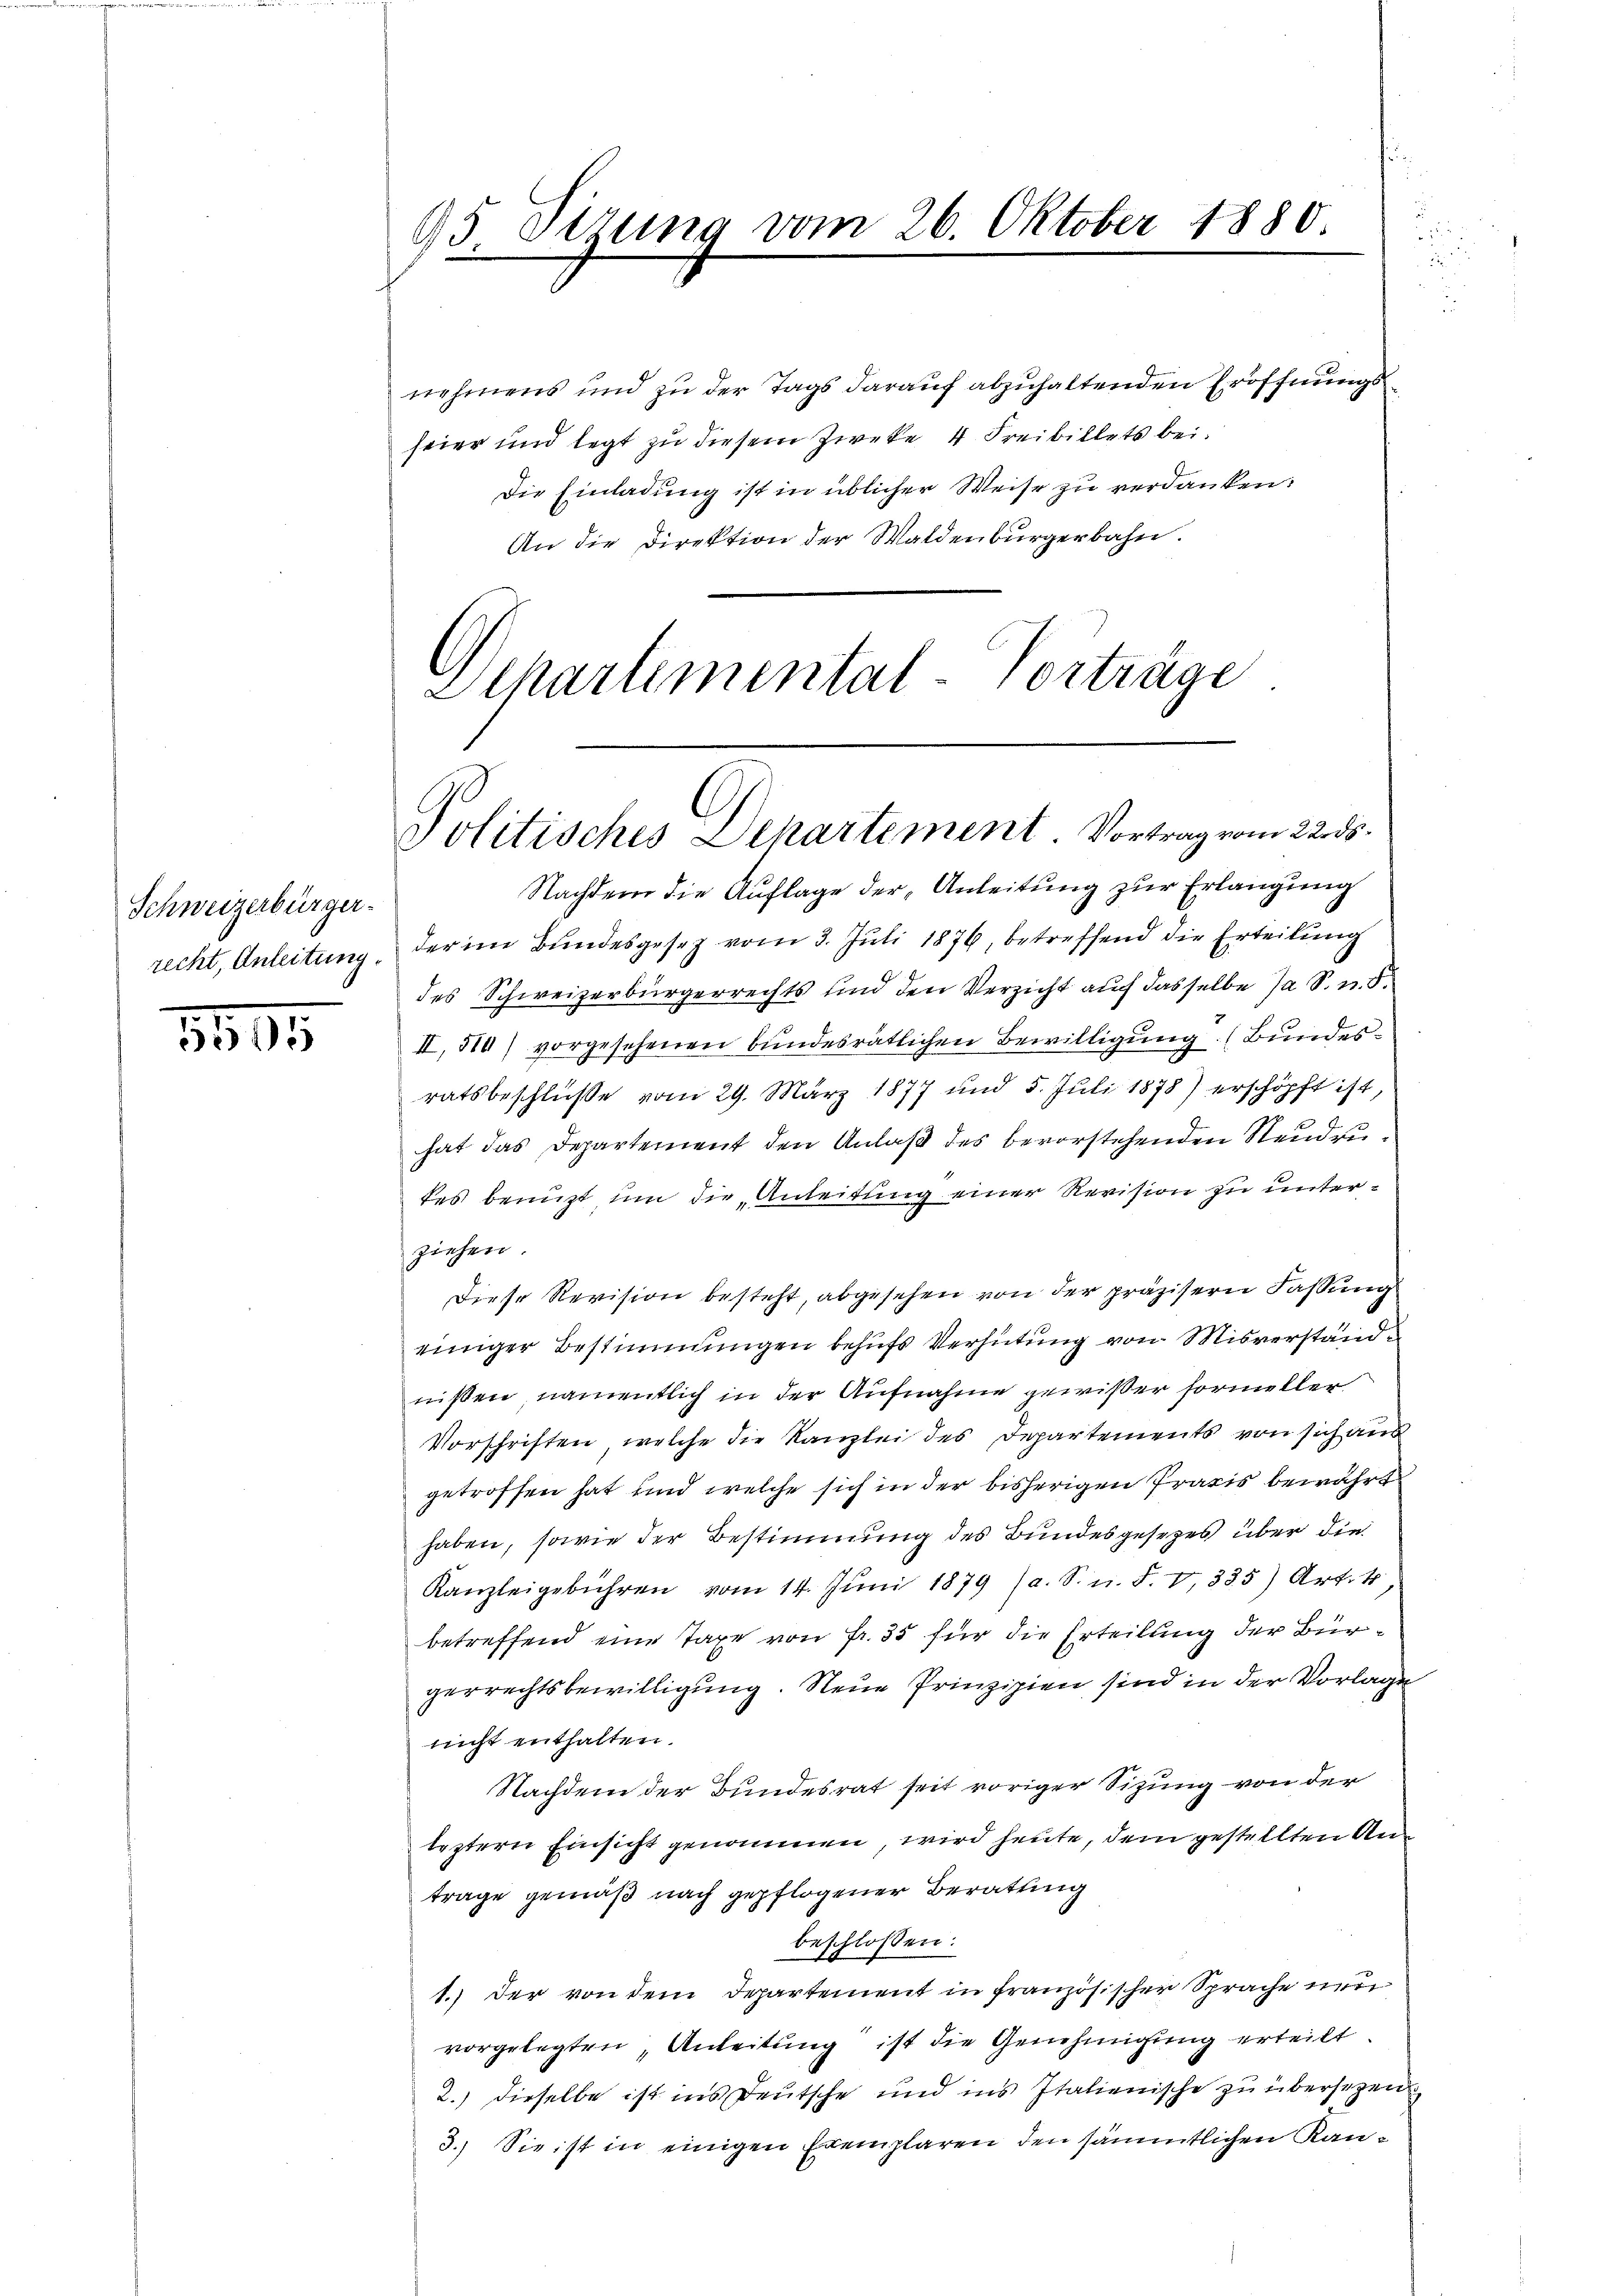
Schweizerbürger

1895

95 Pirung vom 26. Oktober 1880.
.

nehmens und zu der Tags darauf abzuhaltenden Eröffnungs
feier und legt zu diesem Zweke 4 Freibillets bei.
Die Einladung ist in üblicher Weise zu verdanken:
An die Direktion der Waldenburgerbahn.
Departemental-Vorträge

Politisches Departement. Vortrag vom 22. ds.

Nachdem die Auflage der Anleitung zur Erlangung
recht, Anleitung der im Bundesgesez vom 3. Juli 1876, betreffend die Erteilung
des Schweizerbürgerrechts und den Verzicht auf dasselbe Ja S. n. 8.
II, 51) vorgesehenen bundesrätlichen Bewilligung (Bundesratsbeschluße vom 29. März 1877 und 5. Juli 1878) erschöpft ist,
hat das Departement den Anlaß des bevorstehenden Neudrudes benuzt um die Anleitung einer Revision zu unterziehen.
Diese Revision besteht, abgesehen von der präzisern Fassung
einiger Bestimmungen behufs Verhütung von Misverständnißen, namentlich in der Aufnahme gewißer Formeller
Vorschriften, welche die Kanzlei des Departements von sich auch
getroffen hat und welche sich in der bisherigen Praxis bewährt
haben, sowie der Bestimmung des Bundesgesezes über die
Kanzleigebühren vom 14. Jŭni 1879 (a. S. n. F. V. 335) Art. 4,
betreffend eine Taxe von Fr. 35 für die Erteilung der Bürgerrechtsbewilligung. Neue Prinzipien sind in der Vorlage
nicht enthalten.
Nachdem der Bundesrat seit voriger Sizung von der
leztern Einsicht genommen, wird heute, dem gestellten Anträge gemäß nach gepflogener Beratung
beschlossen:
1.) Der von dem Departement in französischer Sprache nur
vorgelegten, Anleitung ist die Genehmigung erteilt.
2.) dieselbe ist ins Deutsche und ins Italienische zu übersetzen
3.) Sie ist in einigen Exemplaren den sämmtlichen Kan¬